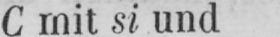
C mit si und